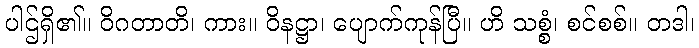
ပါဌ်ရှိ၏။ ဝိဂတာတိ၊ ကား။ ဝိနဋ္ဌာ၊ ပျောက်ကုန်ပြီ။ ဟိ သစ္စံ၊ စင်စစ်။ တဒါ၊